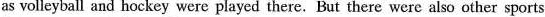
as volleyball and hockey were played there. But there were also other sports